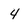
Character: 4